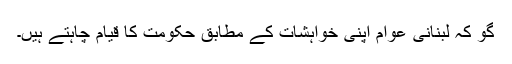
گو کہ لبنانی عوام اپنی خواہشات کے مطابق حکومت کا قیام چاہتے ہیں۔